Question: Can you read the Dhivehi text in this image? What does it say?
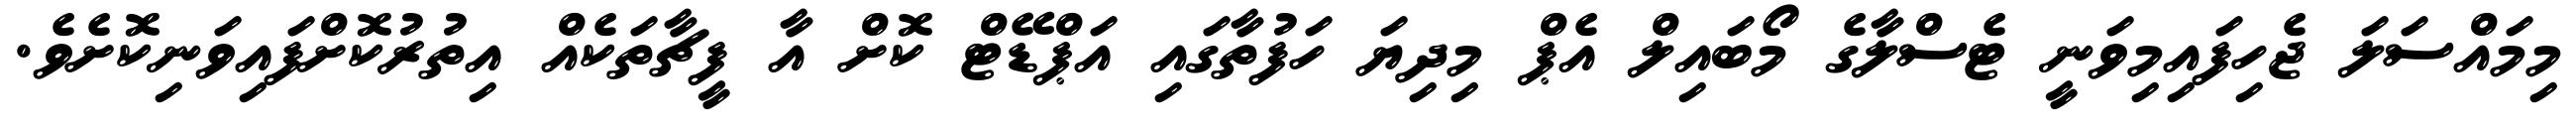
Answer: މިމައްސަލަ ޖެހިފައިމިވަނީ ޓެސްލާގެ މޯބައިލް އެޕް މިދިޔަ ހަފުތާގައި އަޕްޑޭޓް ކޮށް އާ ފީޗާތަކެއް އިތުރުކޮށްފައިވަނިކޮށެވެ.